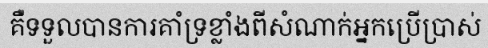
គឺទទួលបានការគាំទ្រខ្លាំងពីសំណាក់អ្នកប្រើប្រាស់